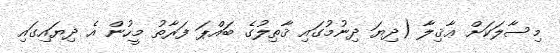
މިސާލަކަށް ޢާޤިލާ (ދިޔަ ދިނުމުގައި ޤާތިލުގެ ބައްޕަ ފަރާތު މީހުން އެ ދިޔައިގައި